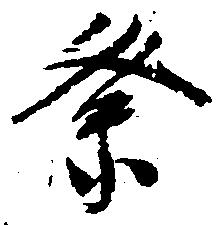
祭